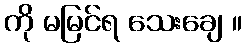
ကို မမြင်ရ သေးချေ ။